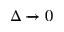
\Delta \xrightarrow { } 0